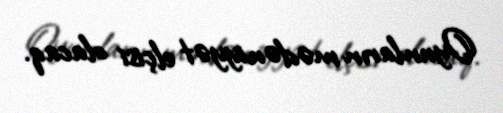
Oyunların mədəniyyət elçisi olacaq.